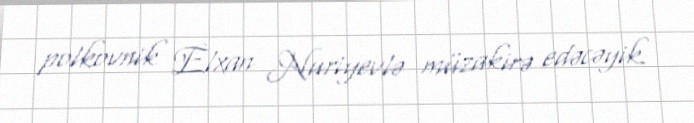
polkovnik Elxan Nuriyevlə müzakirə edəcəyik.